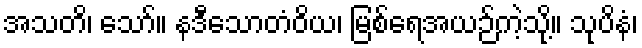
အသတိ၊ သော်။ နဒီသောတံဝိယ၊ မြစ်ရေအယဉ်ကဲ့သို့။ သုပိနံ၊